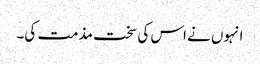
انہوں نے اس کی سخت مذمت کی۔